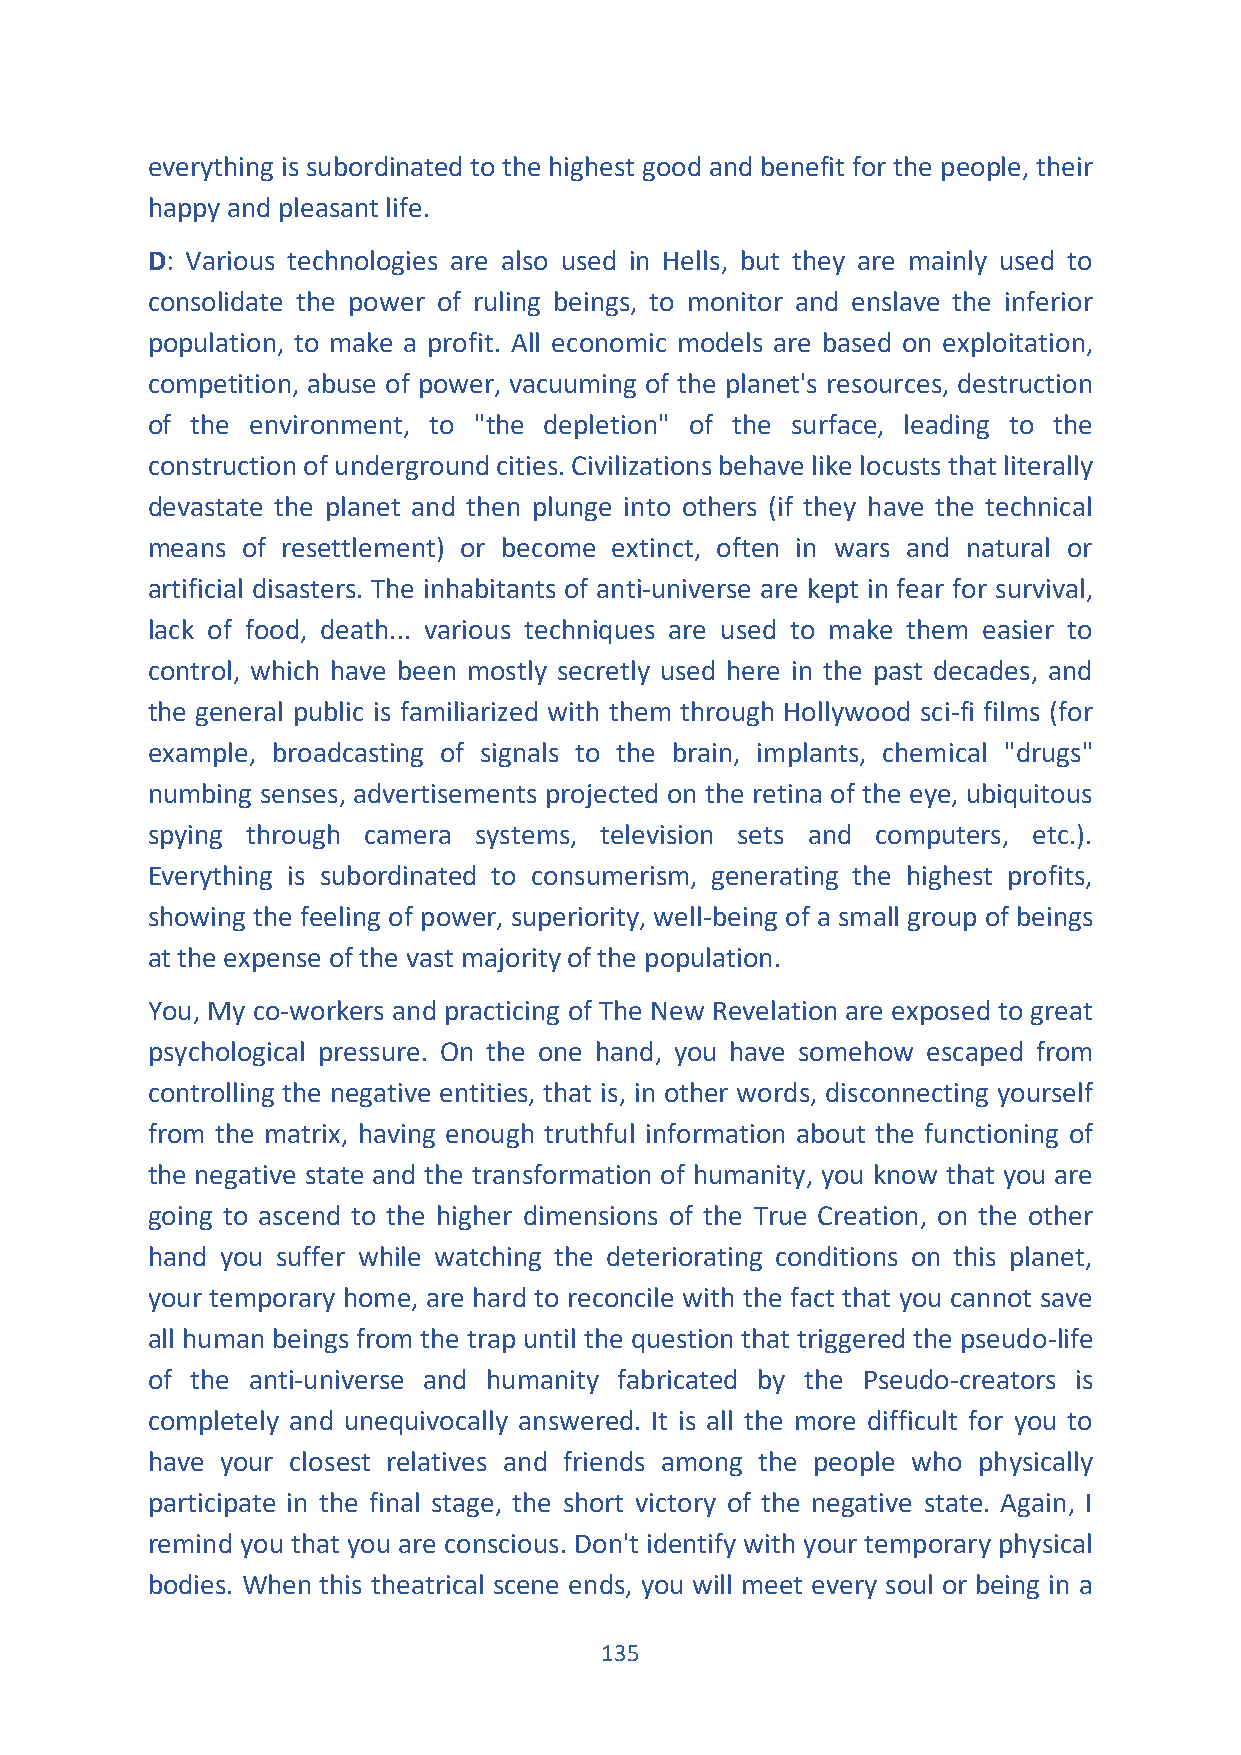
everything is subordinated to the highest good and benefit for the people, their
 happy and pleasant life.
 D: Various technologies are also used in Hells, but they are mainly used to
 consolidate the power of ruling beings, to monitor and enslave the inferior
 population, to make a profit. All economic models are based on exploitation,
 competition, abuse of power, vacuuming of the planet's resources, destruction
 of the environment, to "the depletion" of the surface, leading to the
 construction of underground cities. Civilizations behave like locusts that literally
 devastate the planet and then plunge into others (if they have the technical
 means of resettlement) or become extinct, often in wars and natural or
 artificial disasters. The inhabitants of anti-universe are kept in fear for survival,
 lack of food, death... various techniques are used to make them easier to
 control, which have been mostly secretly used here in the past decades, and
 the general public is familiarized with them through Hollywood sci-fi films (for
 example, broadcasting of signals to the brain, implants, chemical "drugs"
 numbing senses, advertisements projected on the retina of the eye, ubiquitous
 spying through camera systems, television sets and computers, etc.).
 Everything is subordinated to consumerism, generating the highest profits,
 showing the feeling of power, superiority, well-being of a small group of beings
 at the expense of the vast majority of the population.
 You, My co-workers and practicing of The New Revelation are exposed to great
 psychological pressure. On the one hand, you have somehow escaped from
 controlling the negative entities, that is, in other words, disconnecting yourself
 from the matrix, having enough truthful information about the functioning of
 the negative state and the transformation of humanity, you know that you are
 going to ascend to the higher dimensions of the True Creation, on the other
 hand you suffer while watching the deteriorating conditions on this planet,
 your temporary home, are hard to reconcile with the fact that you cannot save
 all human beings from the trap until the question that triggered the pseudo-life
 of the anti-universe and humanity fabricated by the Pseudo-creators is
 completely and unequivocally answered. It is all the more difficult for you to
 have your closest relatives and friends among the people who physically
 participate in the final stage, the short victory of the negative state. Again, I
 remind you that you are conscious. Don't identify with your temporary physical
 bodies. When this theatrical scene ends, you will meet every soul or being in a
 135